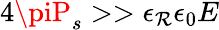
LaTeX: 4\piP_{s}>>\epsilon_{\mathcal{R}}\epsilon_{0}E